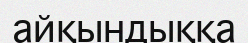
айқындыққа